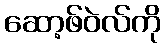
ဆော့ဖ်ဝဲလ်ကို